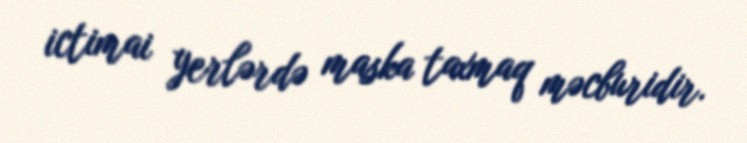
ictimai yerlərdə maska taxmaq məcburidir.